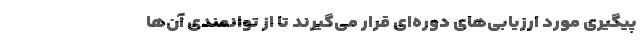
پیگیری مورد ارزیابی‌های دوره‌ای قرار می‌گیرند تا از توانمندی آن‌ها